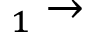
_ { 1 } \rightarrow